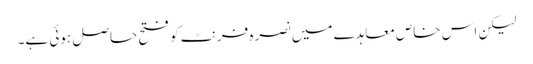
لیکن اس خاص معاہدے میں نصرہ فرنٹ کو فتح حاصل ہوئی ہے۔